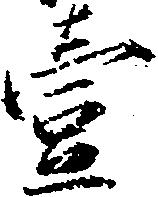
壱